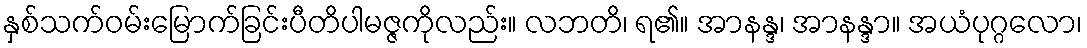
နှစ်သက်ဝမ်းမြောက်ခြင်းပီတိပါမဇ္ဇကိုလည်း။ လဘတိ၊ ရ၏။ အာနန္ဒ၊ အာနန္ဒာ။ အယံပုဂ္ဂလော၊